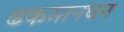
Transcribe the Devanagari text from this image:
ढकमानघन